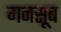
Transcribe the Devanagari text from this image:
मनसूब